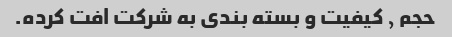
حجم , کیفیت و بسته بندی به شرکت افت کرده.